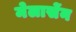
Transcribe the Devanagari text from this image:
मेलासेंन